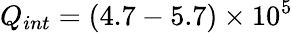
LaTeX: Q_{int}=(4.7-5.7)\times 10^{5}